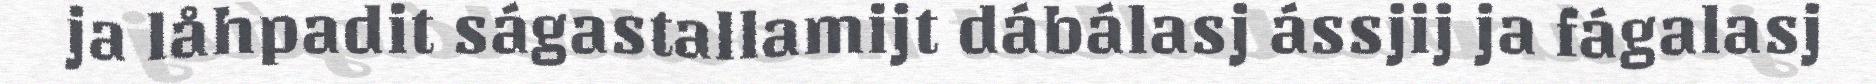
ja låhpadit ságastallamijt dábálasj ássjij ja fágalasj